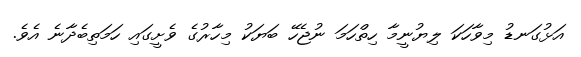
އަޅުގަނޑު މިވާހަކަ ލިޔުނީމާ ހިތްހަމަ ނުޖެހޭ ބަޔަކު މިހާރުގެ ވެށީގައި ހަމަތިބެދާނެ އެވެ.